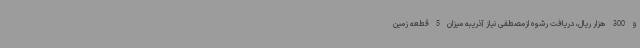
و 300 هزار ریال، دریافت رشوه ازمصطفی نیاز آذریبه میزان 5 قطعه زمین